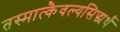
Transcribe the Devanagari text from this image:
तस्मात्कैवल्यसिद्ध्यर्थं